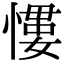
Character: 𢡌